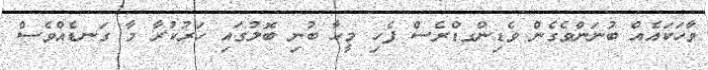
ވާހަކައެއް ބުނަންވެގެން ވެޑިންގޑްރެސް ފެހި މީހާ ބުނި ބޮލުގައި ހަރުކުރާ މާ ގަނޑެއްވެސް